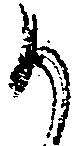
か